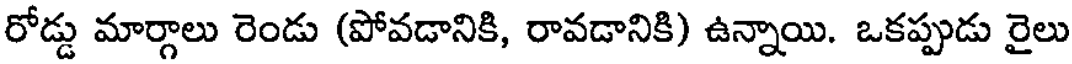
రోడ్డు మార్గాలు రెండు (పోవడానికి, రావడానికి) ఉన్నాయి. ఒకప్పుడు రైలు